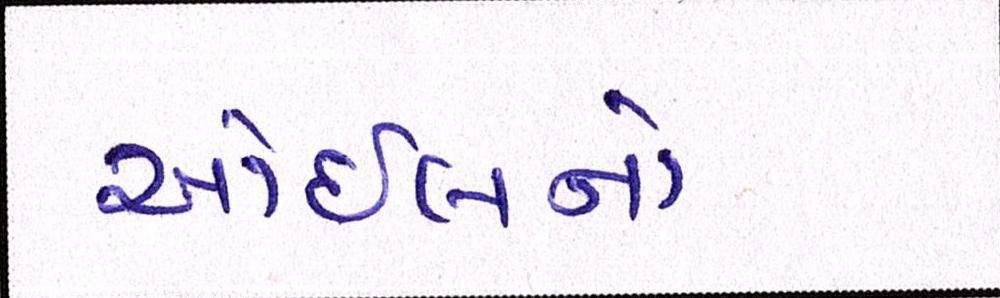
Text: ઓઇલનો